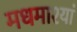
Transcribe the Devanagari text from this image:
मधमाश्यां